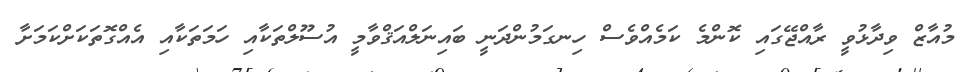
މުއާޒް ވިދާޅުވީ ރާއްޖޭގައި ކޮންމެ ކަމެއްވެސް ހިނގަމުންދަނީ ބައިނަލްއަޤްވާމީ އުސޫލްތަކާއި ހަމަތަކާއި އެއްގޮތަކަށްކަމަށާ